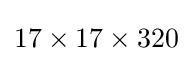
17\times 17\times 320